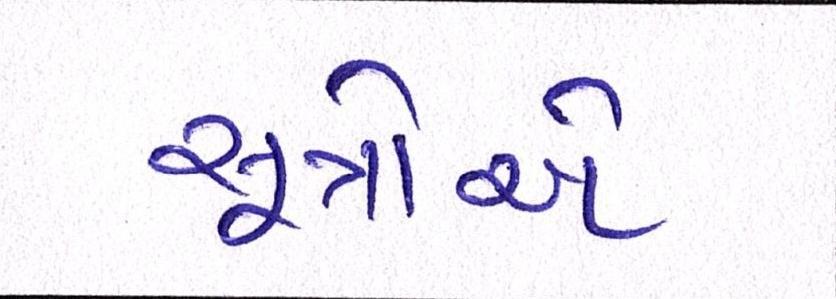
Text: સૂત્રોએ